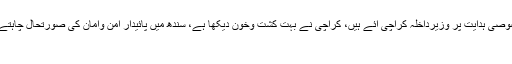
اس موقع پر گورنر سندھ عمران اسماعیل نے کہا کہ وزیراعظم کی خصوصی ہدایت پر وزیرداخلہ کراچی آئے ہیں، کراچی نے بہت کشت وخون دیکھا ہے، سندھ میں پائیدار امن وامان کی صورتحال چاہتے ہیں، سندھ میں سیاسی صورتحال پر بھی وزیرداخلہ سے بات ہوئی ہے
موضوعات:اعچاز شاہ وزیر داخلہ